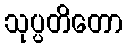
သုပ္ပတိတော